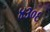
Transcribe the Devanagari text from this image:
४३०६